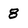
Character: 8